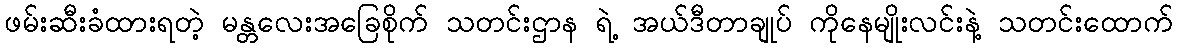
ဖမ်းဆီးခံထားရတဲ့ မန္တလေးအခြေစိုက် သတင်းဌာန ရဲ့ အယ်ဒီတာချုပ် ကိုနေမျိုးလင်းနဲ့ သတင်းထောက်